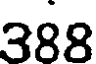
388